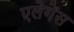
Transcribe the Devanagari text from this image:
एलेगेंस